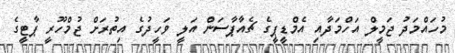
މުހައްމަދު ޖަމީލް އަހްމަދާއި އެމްޑީޕީގެ ޗެއާޕާސަން އަލީ ވަހީދުގެ އިތުރަށް ޖުމްހޫރީ ޕާޓީގެ